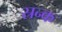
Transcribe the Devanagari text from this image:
स्रन्क